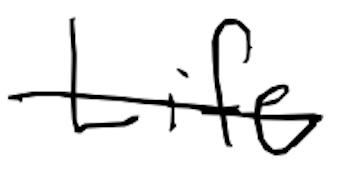
Text: Life
Cross-out: single-line
Writing tool: digital_black